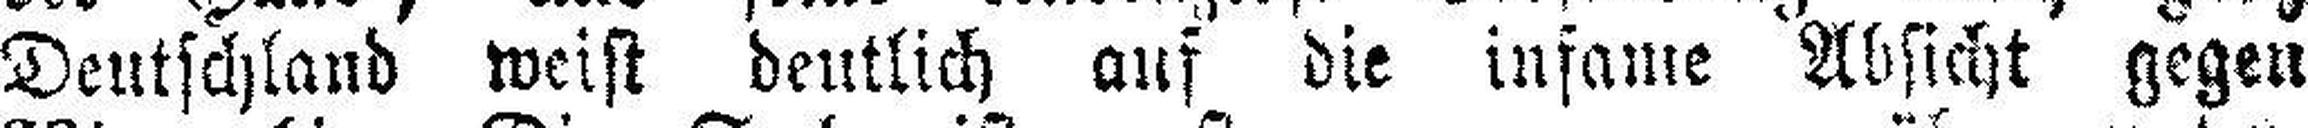
Deutschland weist deutlich auf die infame Absicht gegen